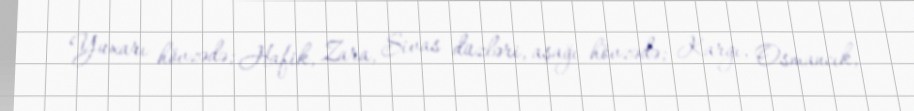
Yuxarı hövzədə; Hafik, Zara, Sivas düzləri, aşağı hövzədə; Kargı, Osmancık,